Vaccination North-Western Provinces 1866-1877 - 1866-1877
Year: 1866
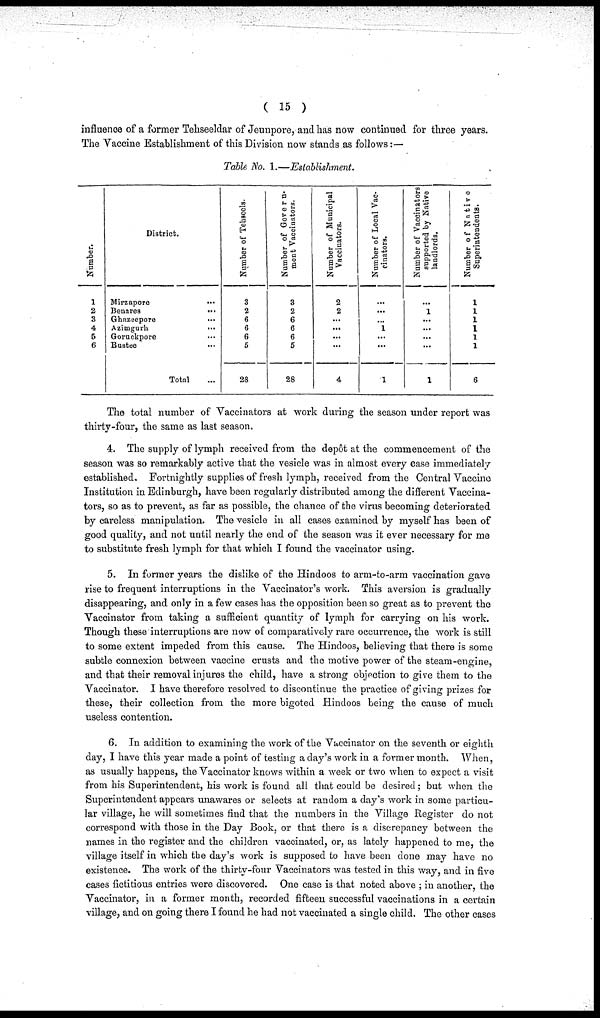
( 15 )
influence of a former Tehseeldar of Jeunpore, and has now continued for three years.
The Vaccine Establishment of this Division now stands as follows:—
Table No. 1.—Establishment.
Number.
1
2
3
4
5
6
District.
Mirzapore
...
Benares
...
Ghazeepore
...
Azimgurh
...
Goruckpore ...
Bustee ...
Total ...
Number of Tehseels.
3
2
6
6
6
5
28
Number of Govern¬
ment Vaccinators.
3
2
6
6
6
5
28
Number of Municipal
Vaccinators.
2
2
...
...
...
...
4
Number of Local Vac¬
cinators.
...
...
...
1
...
...
1
Number of Vaccinators
supported by Native
landlords.
...
1
...
...
...
1
Number of Native
Superintendents.
1
1
1
1
1
1
6
The total number of Vaccinators at work during the season under report was
thirty-four, the same as last season.
4. The supply of lymph received from the depôt at the commencement of the
season was so remarkably active that the vesicle was in almost every case immediately
established. Fortnightly supplies of fresh lymph, received from the Central Vaccine
Institution in Edinburgh, have been regularly distributed among the different Vaccina-
tors, so as to prevent, as far as possible, the chance of the virus becoming deteriorated
by careless manipulation. The vesicle in all cases examined by myself has been of
good quality, and not until nearly the end of the season was it ever necessary for me
to substitute fresh lymph for that which I found the vaccinator using.
5. In former years the dislike of the Hindoos to arm-to-arm vaccination gave
rise to frequent interruptions in the Vaccinator's work. This aversion is gradually
disappearing, and only in a few cases has the opposition been so great as to prevent the
Vaccinator from taking a sufficient quantity of lymph for carrying on his work.
Though these interruptions are now of comparatively rare occurrence, the work is still
to some extent impeded from this cause. The Hindoos, believing that there is some
subtle connexion between vaccine crusts and the motive power of the steam-engine,
and that their removal injures the child, have a strong objection to give them to the
Vaccinator. I have therefore resolved to discontinue the practice of giving prizes for
these, their collection from the more bigoted Hindoos being the cause of much
useless contention.
6. In addition to examining the work of the Vaccinator on the seventh or eighth
day, I have this year made a point of testing a day's work in a former month. When,
as usually happens, the Vaccinator knows within a week or two when to expect a visit
from his Superintendent, his work is found all that could be desired; but when the
Superintendent appears unawares or selects at random a day's work in some particu-
lar village, he will sometimes find that the numbers in the Village Register do not
correspond with those in the Day Book, or that there is a discrepancy between the
names in the register and the children vaccinated, or, as lately happened to me, the
village itself in which the day's work is supposed to have been done may have no
existence. The work of the thirty-four Vaccinators was tested in this way, and in five
cases fictitious entries were discovered. One case is that noted above ; in another, the
Vaccinator, in a former month, recorded fifteen successful vaccinations in a certain
village, and on going there I found he had not vaccinated a single child. The other cases